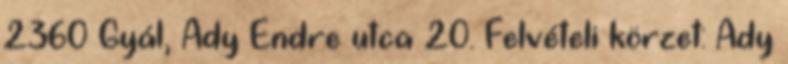
2360 Gyál, Ady Endre utca 20. Felvételi körzet: Ady